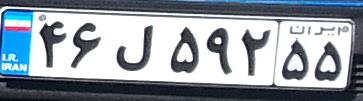
۴۶ل۵۹۲۵۵